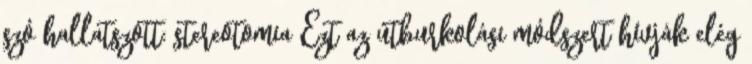
szó hallatszott: stereotomia Ezt az útburkolási módszert hívják elég